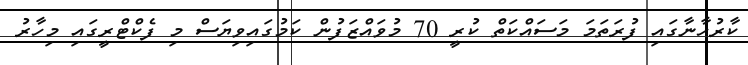
ކާރުހާނާގައި ފުރަތަމަ މަސައްކަތް ކުރީ 70 މުވައްޒަފުން ކަމުގައިވިޔަސް މި ފެކްޓްރީގައި މިހާރު